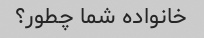
خانواده شما چطور؟